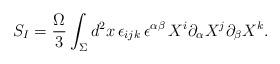
LaTeX: \begin{align*}S_I = {\Omega\over 3}\int_{\Sigma} d^2 x\,\epsilon_{ijk}\,\epsilon^{\alpha\beta}\, X^{i}\partial_{\alpha} X^{j}\partial_{\beta} X^{k}.\end{align*}